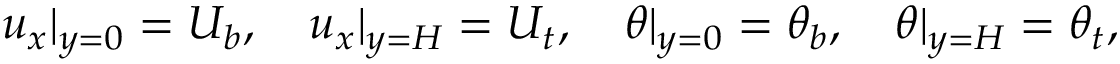
u _ { x } | _ { y = 0 } = U _ { b } , \quad u _ { x } | _ { y = H } = U _ { t } , \quad \theta | _ { y = 0 } = \theta _ { b } , \quad \theta | _ { y = H } = \theta _ { t } ,